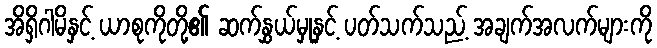
အိရှိဂါမိနှင့် ယာစုကိုတို့၏ ဆက်နွှယ်မှုနှင့် ပတ်သက်သည့် အချက်အလက်များကို